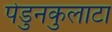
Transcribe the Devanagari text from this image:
पेडुनकुलाटा